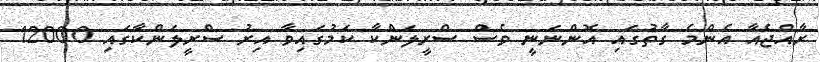
ރާއްޖެއާ އެންމެ ގާތުގައި އޮންނަނީ ވެސް ސްރީލަންކާ ކަމުގައިވާ އިރު ސްރީލަންކާގައި 12000